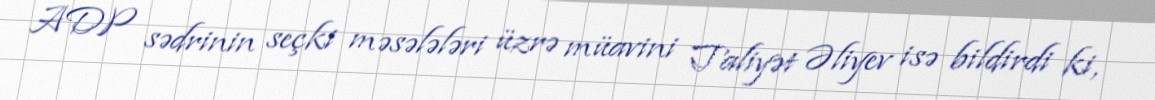
ADP sədrinin seçki məsələləri üzrə müavini Taliyət Əliyev isə bildirdi ki,